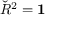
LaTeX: { \check { R } } ^ { 2 } = \mathbf { 1 }